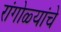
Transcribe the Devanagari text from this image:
रांगोळ्यांचे